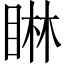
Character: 𪾭